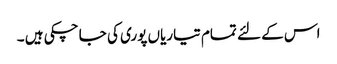
اس کے لئے تمام تیاریاں پوری کی جا چکی ہیں ۔